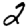
Digit: 2